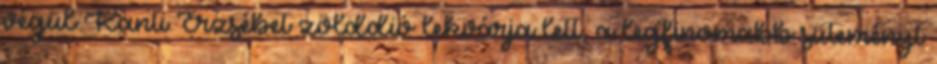
végül Kanti Erzsébet zölddió lekvárja lett, a legfinomabb süteményt